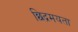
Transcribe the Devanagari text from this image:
छिद्रमयता